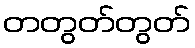
တတွတ်တွတ်